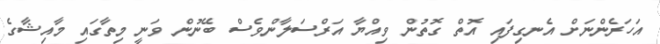
އަހަރެންނަށް އެނގިފައި އޮތް ގޮތުން ވިއްޔާ އަރްސަލާންވެސް ބޭނުން ވަނީ މިތާގައި މާއިޝާގެ